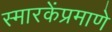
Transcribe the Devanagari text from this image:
स्मारकेंप्रमाणे